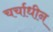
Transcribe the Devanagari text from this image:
चर्चाधीन